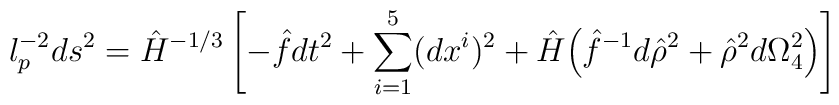
l_p^{-2} ds^2 = \hat H^{-1/3} \left[ - \hat f dt^2 + \sum_{i=1}^5 (dx^i)^2+ \hat H \Big(\hat  f^{-1} d\hat \rho^2 + \hat \rho^2 d\Omega_4^2 \Big) \right]